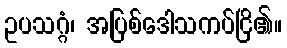
ဥပသဂ္ဂံ၊ အပြစ်ဒေါသကပ်ငြိ၏။